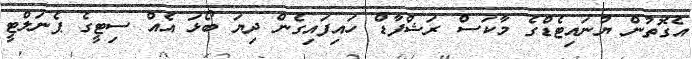
އެގޮތުން ޔުނައިޓެޑްގެ މާކަސް ރަޝްފާޑް ހައިފައިގެން ދިޔަ ބޯޅަ އެއް ސިޓީގެ ޕެނަލްޓީ